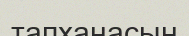
тапханасын